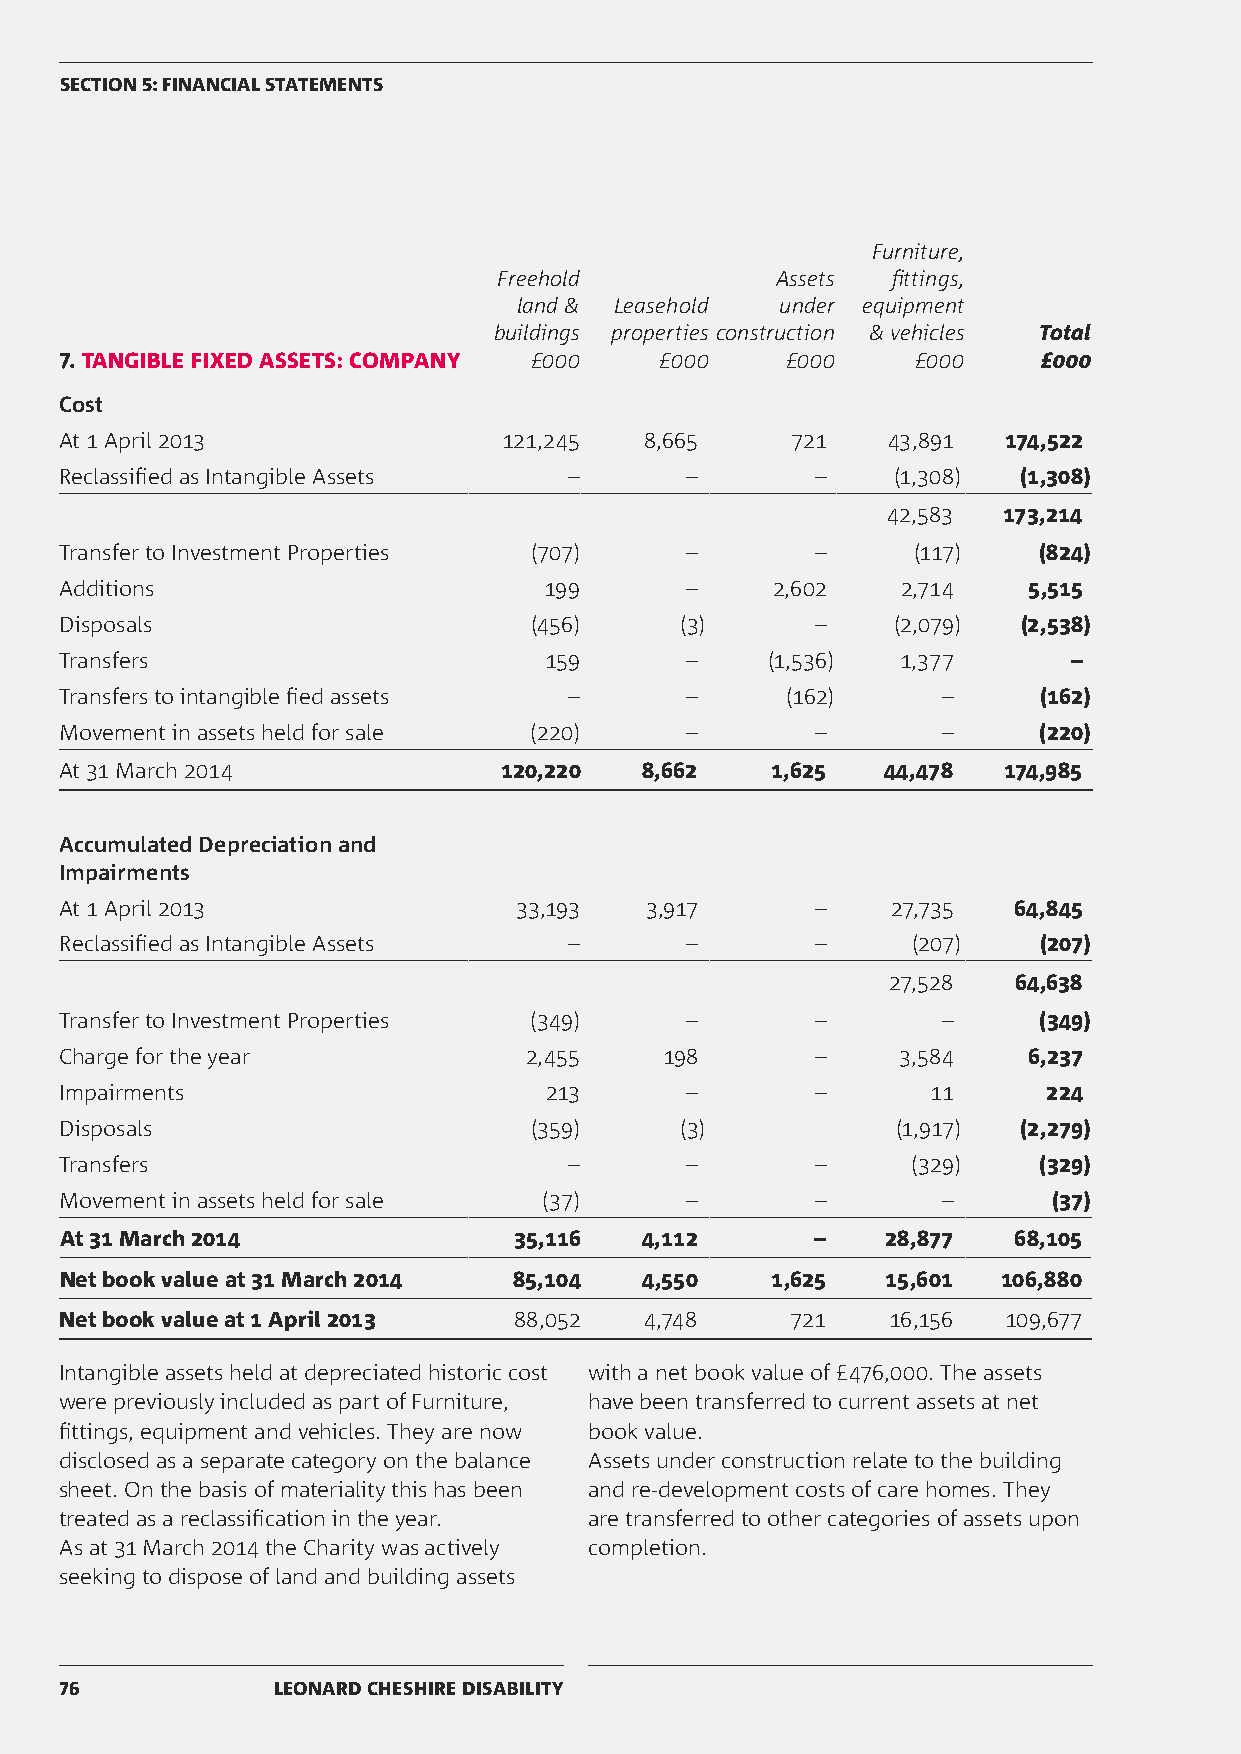
SECTION 5: FINANCIAL STATEMENTS
 Furniture,
 Freehold          Assets  fittings,
 land & Leasehold  under equipment
 buildings properties construction & vehicles Total
 7. TANGIBLE FIXED ASSETS: COMPANY £000  £000    £000     £000    £000
 Cost
 At 1 April 2013              121,245   8,665    721    43,891 174,522
 Reclassified as Intangible Assets –      –        –    (1,308)  (1,308)
 42,583 173,214
 Transfer to Investment Properties (707)  –        –     (117)    (824)
 Additions                       199      –     2,602    2,714   5,515
 Disposals                      (456)     (3)      –    (2,079)  (2,538)
 Transfers                       159      –     (1,536)  1,377      –
 Transfers to intangible fied assets –    –      (162)     –      (162)
 Movement in assets held for sale (220)   –        –       –      (220)
 At 31 March 2014             120,220  8,662    1,625   44,478 174,985
 Accumulated Depreciation and
 Impairments
 At 1 April 2013               33,193   3,917      –    27,735  64,845
 Reclassified as Intangible Assets –      –        –     (207)    (207)
 27,528  64,638
 Transfer to Investment Properties (349)  –        –       –      (349)
 Charge for the year            2,455    198       –    3,584    6,237
 Impairments                     213      –        –       11     224
 Disposals                      (359)     (3)           (1,917)  (2,279)
 Transfers                         –      –        –     (329)    (329)
 Movement in assets held for sale (37)    –        –       –       (37)
 At 31 March 2014              35,116   4,112      –    28,877  68,105
 Net book value at 31 March 2014 85,104 4,550   1,625   15,601 106,880
 Net book value at 1 April 2013 88,052  4,748    721    16,156 109,677
 Intangible assets held at depreciated historic cost with a net book value of £476,000. The assets
 were previously included as part of Furniture, have been transferred to current assets at net
 fittings, equipment and vehicles. They are now book value.
 disclosed as a separate category on the balance Assets under construction relate to the building
 sheet. On the basis of materiality this has been and re-development costs of care homes. They
 treated as a reclassification in the year. are transferred to other categories of assets upon
 As at 31 March 2014 the Charity was actively completion.
 seeking to dispose of land and building assets
 76            LEONARD CHESHIRE DISABILITY